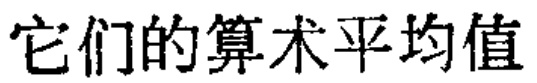
它们的算术平均值